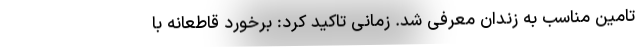
تامین مناسب به زندان معرفی شد. زمانی تاکید کرد: برخورد قاطعانه با